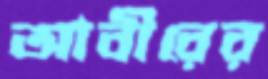
আবীরের